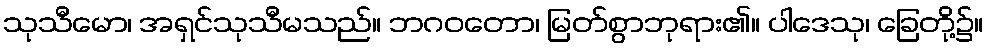
သုသီမော၊ အရှင်သုသီမသည်။ ဘဂဝတော၊ မြတ်စွာဘုရား၏။ ပါဒေသု၊ ခြေတို့၌။